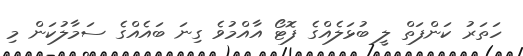
ހަތަރު ކަންފަތް ލީ ބުޅަލެއްގެ ފޮޓޯ އާއްމުވެ ގިނަ ބައެއްގެ ސަމާލުކަން މި